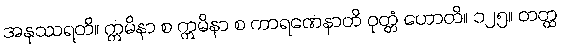
အနုဿရတိ။ ဣမိနာ စ ဣမိနာ စ ကာရဏေနာတိ ဝုတ္တံ ဟောတိ။ ၁၂၅။ တတ္ထ